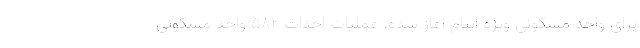
برای واحد مسکونی ویژه ایتام آغاز شده، عملیات احداث ۵۸۲ واحد مسکونی